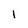
Character: 1